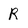
Character: R